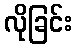
လိုခြင်း